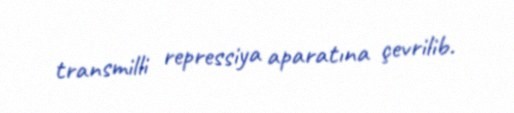
transmilli repressiya aparatına çevrilib.